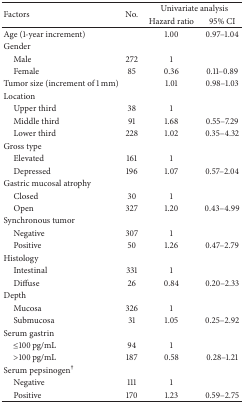
<table><thead><tr><td rowspan="2"><b>Factors</b></td><td rowspan="2"><b>No.</b></td><td colspan="2"><b>Univariate analysis</b></td></tr><tr><td><b>Hazard ratio</b></td><td><b>95% CI</b></td></tr></thead><tbody><tr><td>Age (1-year increment)</td><td> </td><td>1.00</td><td>0.97–1.04</td></tr><tr><td>Gender</td><td> </td><td> </td><td> </td></tr><tr><td> Male</td><td>272</td><td>1</td><td> </td></tr><tr><td> Female</td><td>85</td><td>0.36</td><td>0.11–0.89</td></tr><tr><td>Tumor size (increment of 1 mm)</td><td> </td><td>1.01</td><td>0.98–1.03</td></tr><tr><td>Location</td><td> </td><td> </td><td> </td></tr><tr><td> Upper third</td><td>38</td><td>1</td><td> </td></tr><tr><td> Middle third </td><td>91</td><td>1.68</td><td>0.55–7.29</td></tr><tr><td> Lower third</td><td>228</td><td>1.02</td><td>0.35–4.32</td></tr><tr><td>Gross type</td><td> </td><td> </td><td> </td></tr><tr><td> Elevated</td><td>161</td><td>1</td><td> </td></tr><tr><td> Depressed</td><td>196</td><td>1.07</td><td>0.57–2.04</td></tr><tr><td>Gastric mucosal atrophy</td><td> </td><td> </td><td> </td></tr><tr><td> Closed</td><td>30</td><td>1</td><td> </td></tr><tr><td> Open</td><td>327</td><td>1.20</td><td>0.43–4.99</td></tr><tr><td>Synchronous tumor</td><td> </td><td> </td><td> </td></tr><tr><td> Negative </td><td>307</td><td>1</td><td> </td></tr><tr><td> Positive</td><td>50</td><td>1.26</td><td>0.47–2.79</td></tr><tr><td>Histology</td><td> </td><td> </td><td> </td></tr><tr><td> Intestinal</td><td>331</td><td>1</td><td> </td></tr><tr><td> Diffuse</td><td>26</td><td>0.84</td><td>0.20–2.33</td></tr><tr><td>Depth</td><td> </td><td> </td><td> </td></tr><tr><td> Mucosa</td><td>326</td><td>1</td><td> </td></tr><tr><td> Submucosa</td><td>31</td><td>1.05</td><td>0.25–2.92</td></tr><tr><td> Serum gastrin</td><td> </td><td> </td><td> </td></tr><tr><td> ≤100 pg/mL </td><td>94</td><td>1</td><td> </td></tr><tr><td> &gt;100 pg/mL</td><td>187</td><td>0.58</td><td>0.28–1.21</td></tr><tr><td>Serum pepsinogen<sup>†</sup></td><td> </td><td> </td><td> </td></tr><tr><td> Negative</td><td>111</td><td>1</td><td> </td></tr><tr><td> Positive</td><td>170</td><td>1.23</td><td>0.59–2.75</td></tr></tbody></table>